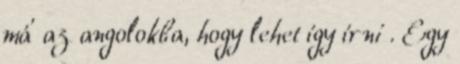
má' az angolokba, hogy lehet így írni . Egy